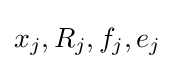
x_{j},R_{j},f_{j},e_{j}